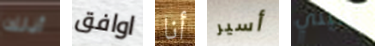
أذلك اوافق أنا أسير بنيتي